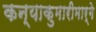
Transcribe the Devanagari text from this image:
कन्याकुमारीमार्गे